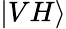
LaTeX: |VH\rangle